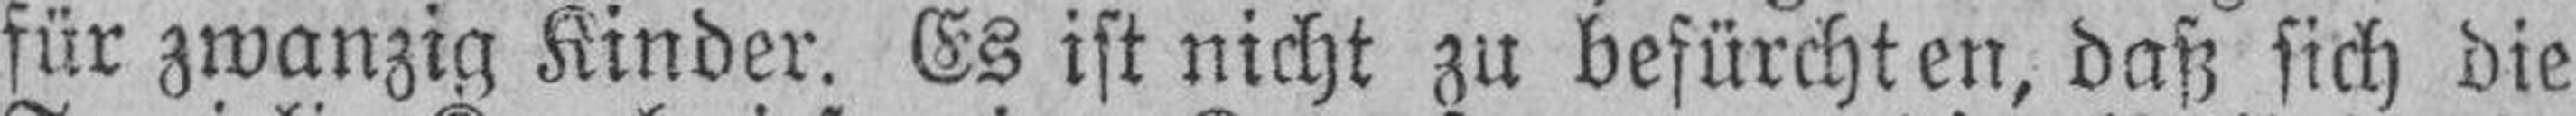
für zwanzig Kinder. Es ist nicht zu befürchten, daß sich die